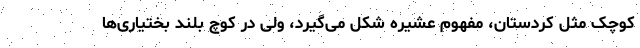
کوچک مثل کردستان، مفهوم عشیره شکل می‌گیرد، ولی در کوچ بلند بختیاری‌ها